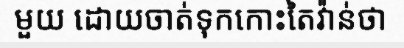
មួយ ដោយចាត់ទុកកោះតៃវ៉ាន់ថា